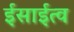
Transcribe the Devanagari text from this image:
ईसाईत्व